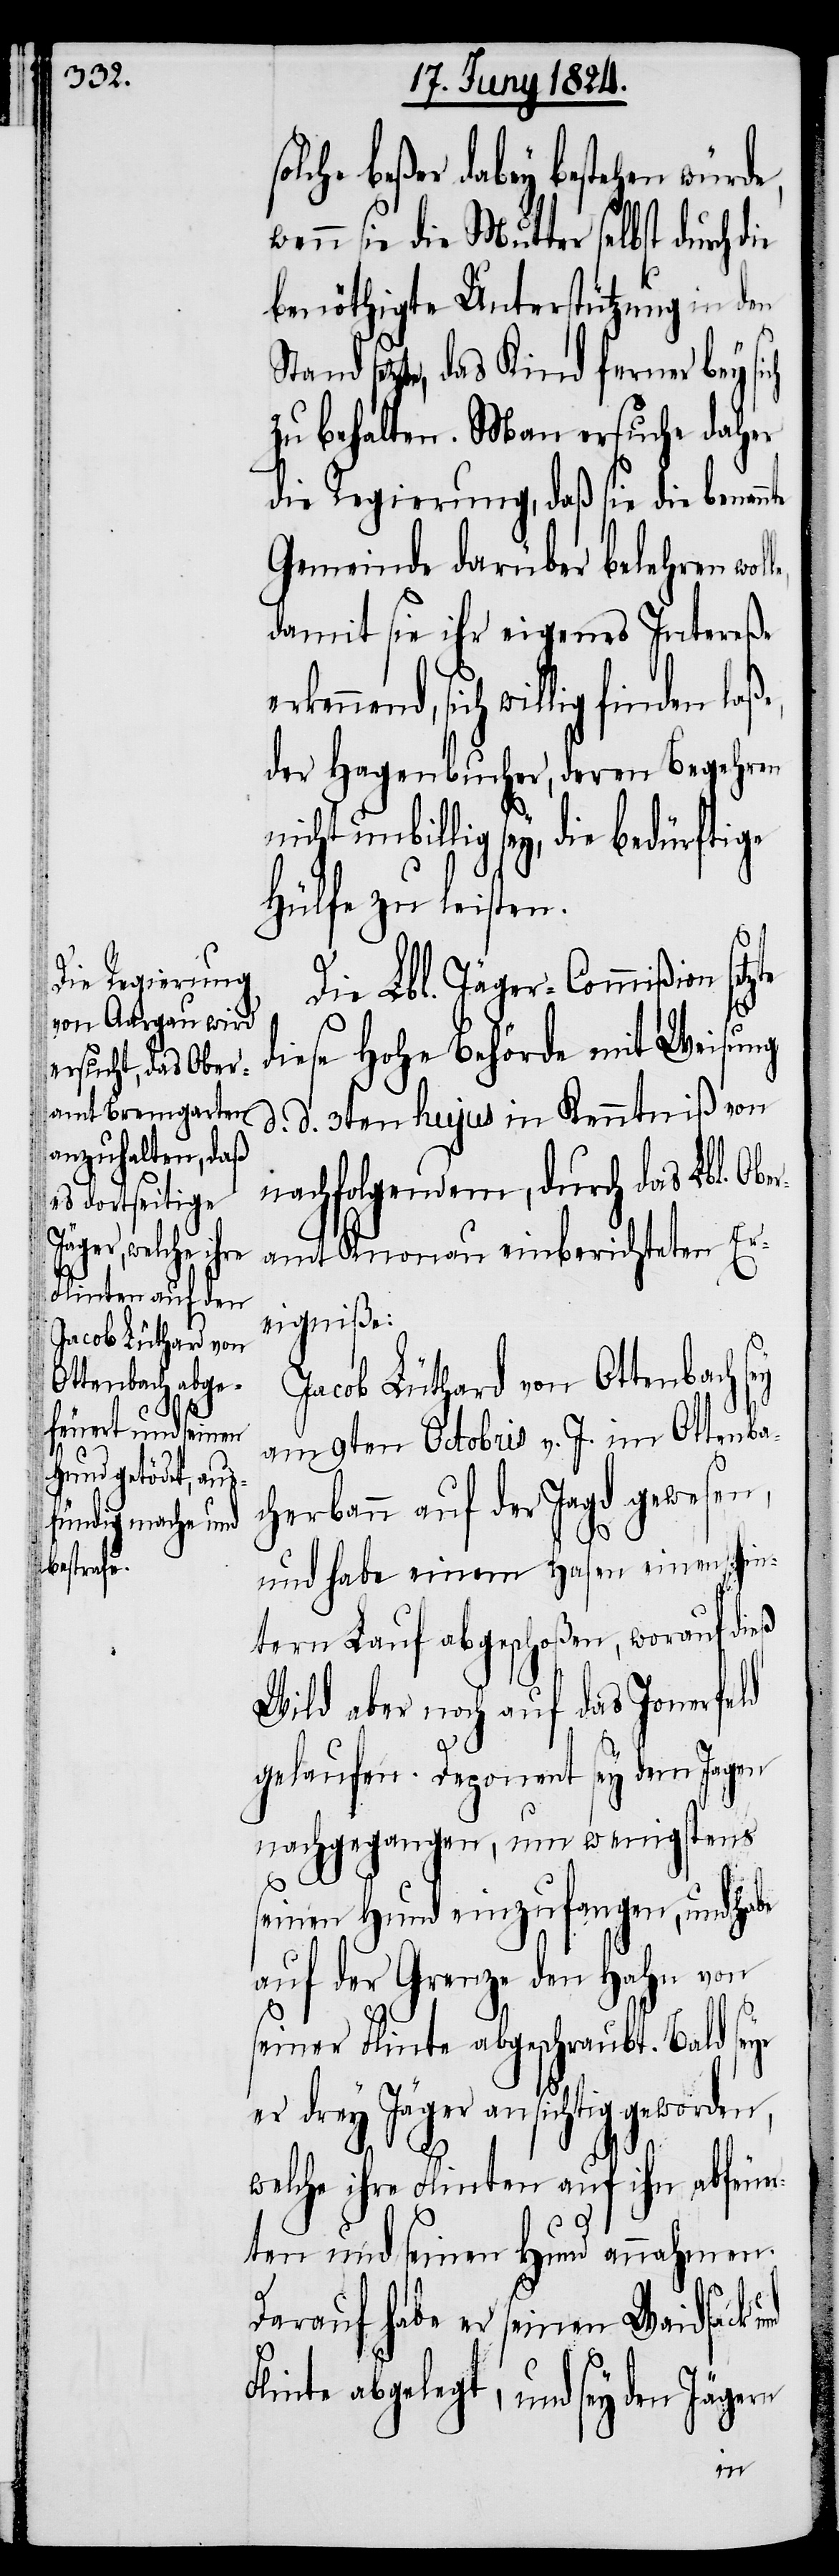
erkennend, sich willig finden
wenn sie die Mutter selbst durch
benöthigte Unterstützung in den
setzte, das Kind ferner bey si¬
zu behalten. Man ersuche daher
die Regierung, daß sie die benannte
Gemeinde darüber belehren wol¬
damit sie ihr eigenes Intereße
der Hagenbucher, deren Begehren
nicht unbillig sey, die bedürftige
Hülfe zu leisten.
te
Die Lbl. Jäger-Commißion setz¬
diese Hohe Behörde mit Weisung
d. d. 3ten hujus in Kenntniß von
nachfolgenden, durch das Lbl. Obe¬
ramt Knonau einberichteten Er¬
eigniße:
Jacob Lüthard von Ottenbach sey
am 9ten Octobris v J. im Ottenba¬
cherbann auf der Jagd gewesen,
und habe einem Hasen einen hin¬
tern Lauf abgeschoßen, worauf dieß
Wild aber noch auf das Jonerfeld
gelaufen. Deponent sey dem Jagen
nachgegangen, um wenigstens
seinen Hund einzufangen, und habe
auf der Grenze den Hahn von
seiner Flinte abgeschraubt. Bald seye
er drey Jäger ansichtig geworden,
F¬
welche ihre Flinten auf ihn abfeue¬
rten und seinen Hund annahmen.
Darauf habe er seinen Waidsack
linte abgelegt, und sey den Jäg¬
ern